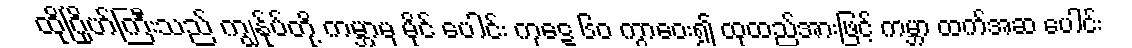
ထိုဂြိုဟ်ကြီးသည် ကျွန်ုပ်တို့ ကမ္ဘာမှ မိုင် ပေါင်း ကုဋေ ၆၀ ကွာဝေး၍ ထုထည်အားဖြင့် ကမ္ဘာ ထက်အဆ ပေါင်း